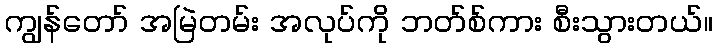
ကျွန်တော် အမြဲတမ်း အလုပ်ကို ဘတ်စ်ကား စီးသွားတယ်။